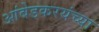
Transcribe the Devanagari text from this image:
आंबेडकरयंच्या